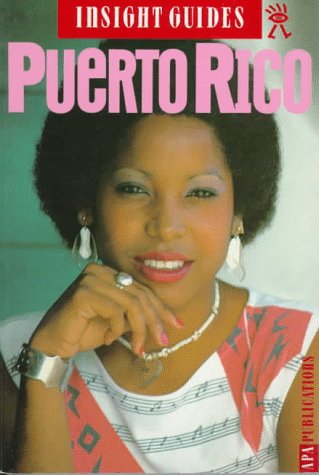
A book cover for Insight Guide Puerto Rico; Travel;